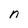
Character: n